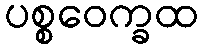
ပစ္စဝေက္ခထ